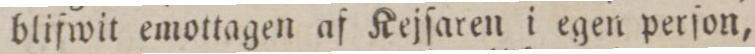
bliſwit emottagen af Kejſaren i egen perſon,